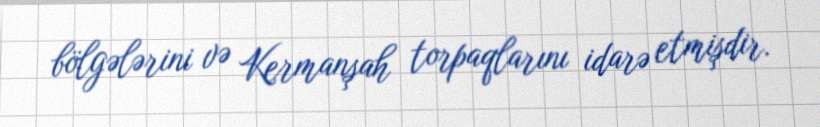
bölgələrini və Kermanşah torpaqlarını idarə etmişdir.